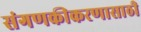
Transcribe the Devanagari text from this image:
संगणकीकरणासाठी